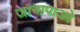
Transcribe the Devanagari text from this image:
जानापाओ